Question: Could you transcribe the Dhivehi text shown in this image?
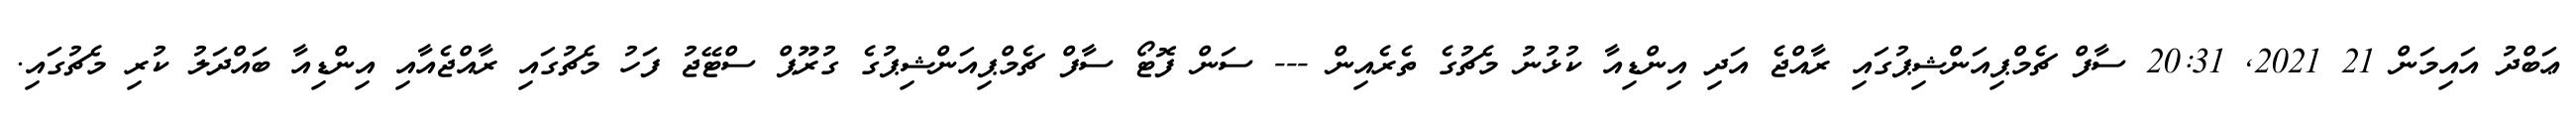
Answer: ޢަބްދު އައިމަން 21 2021, 20:31 ސާފް ޗެމްޕިއަންޝިޕުގައި ރާއްޖެ އަދި އިންޑިއާ ކުޅުނު މެޗުގެ ތެރެއިން --- ސަން ފޮޓޯ ސާފް ޗެމްޕިއަންޝިޕުގެ ގުރޫޕް ސްޓޭޖު ފަހު މެޗުގައި ރާއްޖެއާއި އިންޑިއާ ބައްދަލު ކުރި މެޗުގައި.